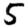
Digit: 5